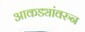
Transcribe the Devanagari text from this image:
आकड्यांवरुन